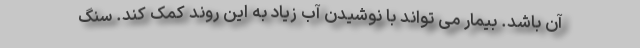
آن باشد. بیمار می تواند با نوشیدن آب زیاد به این روند کمک کند. سنگ